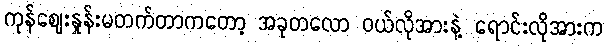
ကုန်ဈေးနှုန်းမတက်တာကတော့ အခုတလော ဝယ်လိုအားနဲ့ ရောင်းလိုအားက